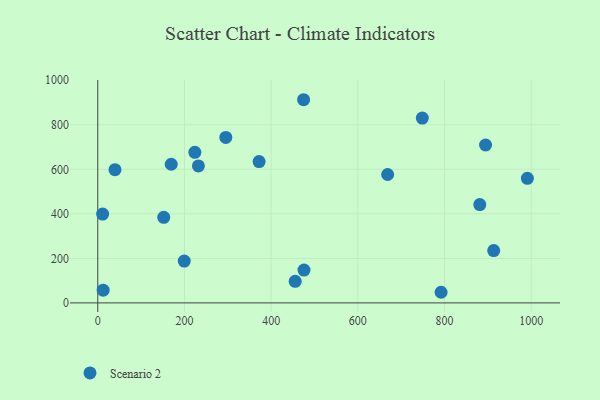
{"axis": {"x": "Study Hours", "y": "Demand"}, "legend": ["Scenario 2"], "data": [{"x": "913.5", "y": 235.0, "type": "Scenario 2"}, {"x": "991.2", "y": 559.5, "type": "Scenario 2"}, {"x": "475.8", "y": 147.3, "type": "Scenario 2"}, {"x": "11.2", "y": 399.0, "type": "Scenario 2"}, {"x": "39.7", "y": 598.4, "type": "Scenario 2"}, {"x": "881.4", "y": 441.8, "type": "Scenario 2"}, {"x": "748.8", "y": 830.0, "type": "Scenario 2"}, {"x": "295.4", "y": 743.3, "type": "Scenario 2"}, {"x": "224.0", "y": 676.2, "type": "Scenario 2"}, {"x": "232.2", "y": 615.0, "type": "Scenario 2"}, {"x": "12.4", "y": 57.2, "type": "Scenario 2"}, {"x": "372.2", "y": 634.5, "type": "Scenario 2"}, {"x": "668.8", "y": 576.6, "type": "Scenario 2"}, {"x": "474.9", "y": 912.5, "type": "Scenario 2"}, {"x": "169.5", "y": 622.8, "type": "Scenario 2"}, {"x": "152.2", "y": 384.2, "type": "Scenario 2"}, {"x": "894.7", "y": 709.1, "type": "Scenario 2"}, {"x": "199.5", "y": 188.0, "type": "Scenario 2"}, {"x": "792.1", "y": 47.7, "type": "Scenario 2"}, {"x": "455.5", "y": 96.7, "type": "Scenario 2"}]}